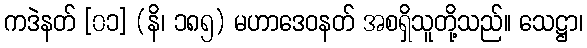
ကဒဲနတ် [၀၁] (နိ၊ ၁၈၅) မဟာဒေဝနတ် အစရှိသူတို့သည်။ သေဋ္ဌာ၊